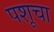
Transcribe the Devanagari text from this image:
पशूचा